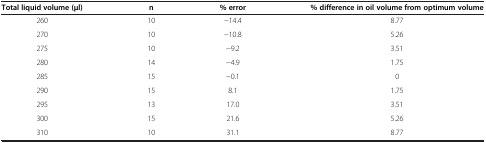
| Total liquid volume (μl) | n | % error | % difference in oil volume from optimum volume |
 | --- | --- | --- | --- |
 | 260 | 10 | −14.4 | 8.77 |
 | 270 | 10 | −10.8 | 5.26 |
 | 275 | 10 | −9.2 | 3.51 |
 | 280 | 14 | −4.9 | 1.75 |
 | 285 | 15 | −0.1 | 0 |
 | 290 | 15 | 8.1 | 1.75 |
 | 295 | 13 | 17.0 | 3.51 |
 | 300 | 15 | 21.6 | 5.26 |
 | 310 | 10 | 31.1 | 8.77 |